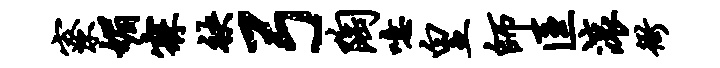
寮媚寐袂弓陶噫皇师匡滚衙